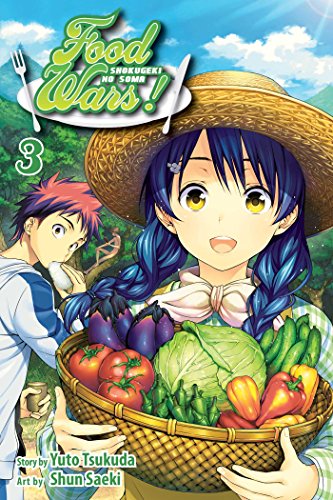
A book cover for Food Wars!, Vol. 3: Shokugeki no Soma; Yuto Tsukuda; Comics & Graphic Novels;